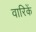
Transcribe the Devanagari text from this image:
वारिकें